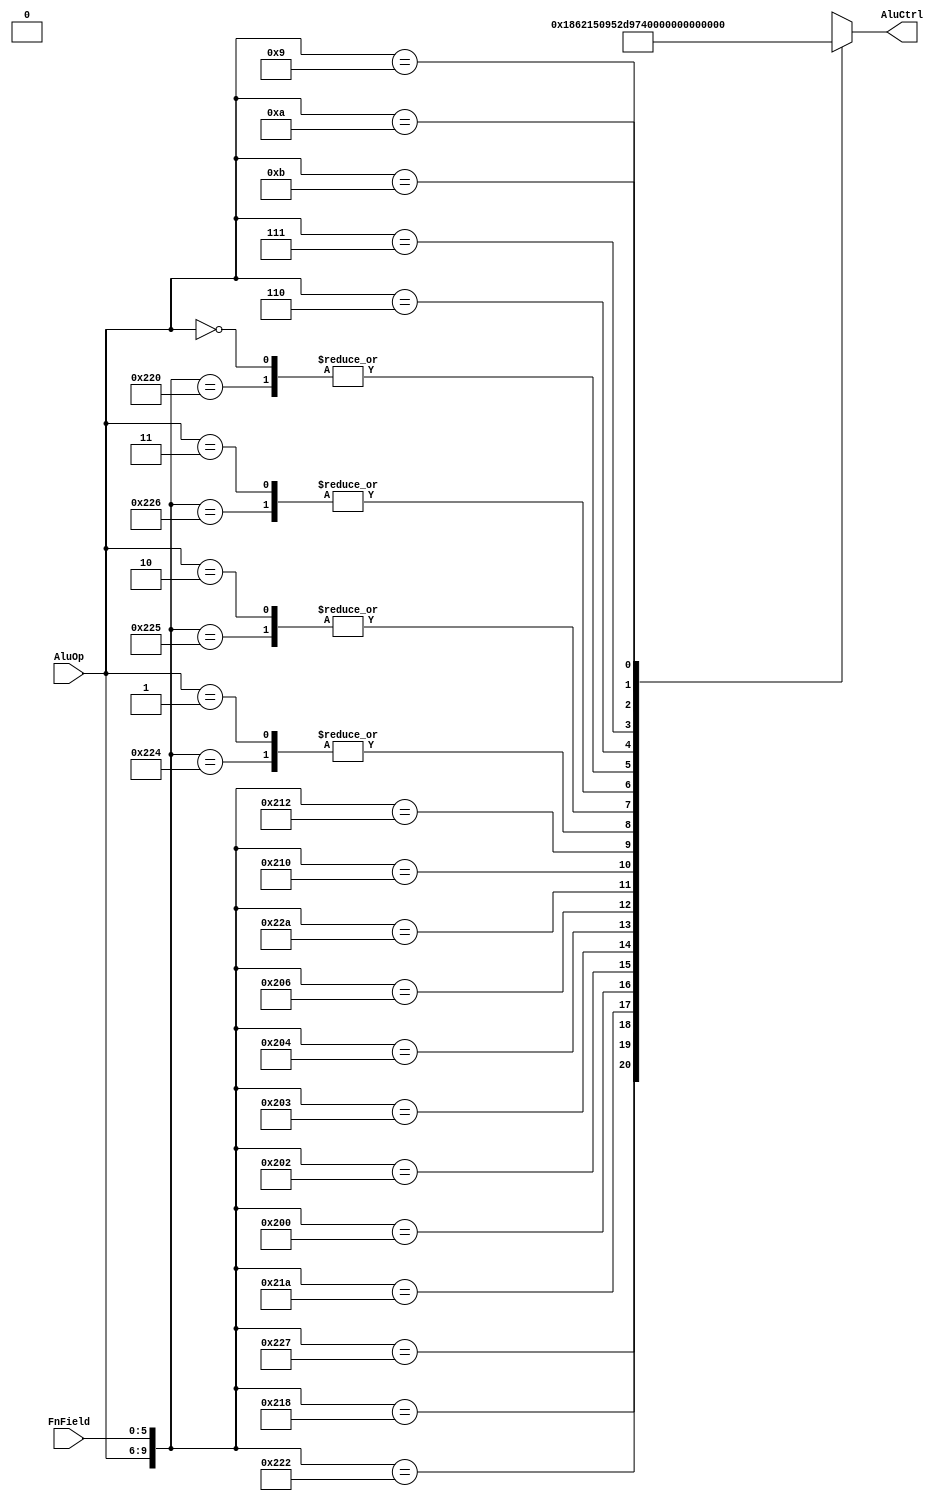
module alucontrol(AluOp,FnField,AluCtrl);

//Changed the size of the reg in order to satisfy our needs
input [3:0] AluOp;
input [5:0] FnField; //for R-type instructions

//Changed the size of the reg in order to satisfy our needs
output reg [4:0] AluCtrl;


always@(AluOp or FnField)begin
    casex({AluOp,FnField})
    
        //Type R        
        10'b1000_100100:AluCtrl=5'b00000; //and
        10'b1000_100101:AluCtrl=5'b00010; //or
        10'b1000_100110:AluCtrl=5'b00110; //xor
        10'b1000_100111:AluCtrl=5'b11000; //nor

        10'b1000_100000:AluCtrl=5'b00100; //add
        10'b1000_100010:AluCtrl=5'b01100; //sub
        10'b1000_011000:AluCtrl=5'b01000; //mult
        10'b1000_011010:AluCtrl=5'b01010; //div

        10'b1000_000000:AluCtrl=5'b10000; //sll
        10'b1000_000010:AluCtrl=5'b10010; //srl
        10'b1000_000011:AluCtrl=5'b10100; //sra
        10'b1000_000100:AluCtrl=5'b10110; //sllv
        10'b1000_000110:AluCtrl=5'b11001; //srlv

        10'b1000_101010:AluCtrl=5'b01110; //slt
        10'b1000_010000:AluCtrl=5'b1111; //mfhi
        10'b1000_010010:AluCtrl=5'b0001; //mflo


        //Type I
        10'b0001_xxxxxx:AluCtrl=5'b00000; //andi
        10'b0010_xxxxxx:AluCtrl=5'b00010; //ori
        10'b0011_xxxxxx:AluCtrl=5'b00110; //xori

        10'b0000_xxxxxx:AluCtrl=5'b00100; //addi / jump

        10'b0001_xxxxxx:AluCtrl=5'b01100; //beq
        10'b0110_xxxxxx:AluCtrl=5'b11010; //bne
        10'b0111_xxxxxx:AluCtrl=5'b11100; //blez
        10'b1001_xxxxxx:AluCtrl=5'b11110; //bgtz

        10'b1010_xxxxxx:AluCtrl=5'b00011; //lui
        10'b1011_xxxxxx:AluCtrl=5'b00111; //slti

        10'b0000_xxxxxx:AluCtrl=5'b00100; //lw / sw /  A + B
    
        //in order not to create a latch we are going to add a default with 4 udefiend bits
        default:AluCtrl=4'bxxxx;
    
    endcase

end


endmodule